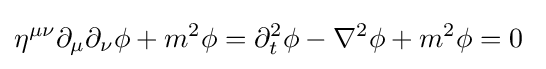
\eta ^{\mu \nu }\partial _{\mu }\partial _{\nu }\phi +m^{2}\phi =\partial _{t}^{2}\phi -\nabla ^{2}\phi +m^{2}\phi =0~